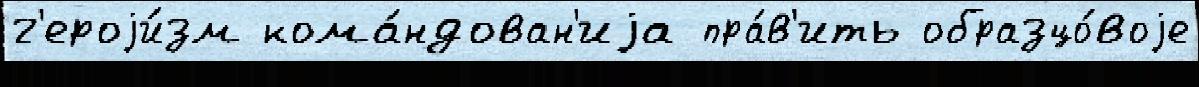
г'ероjи́зм кома́ндован'иjа пра́в'ить образцо́воjе